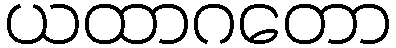
ယထာဂတော